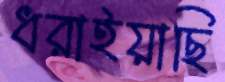
ধরাইয়াছি